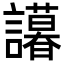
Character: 𬣒